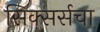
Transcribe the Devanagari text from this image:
सिक्सर्सचा